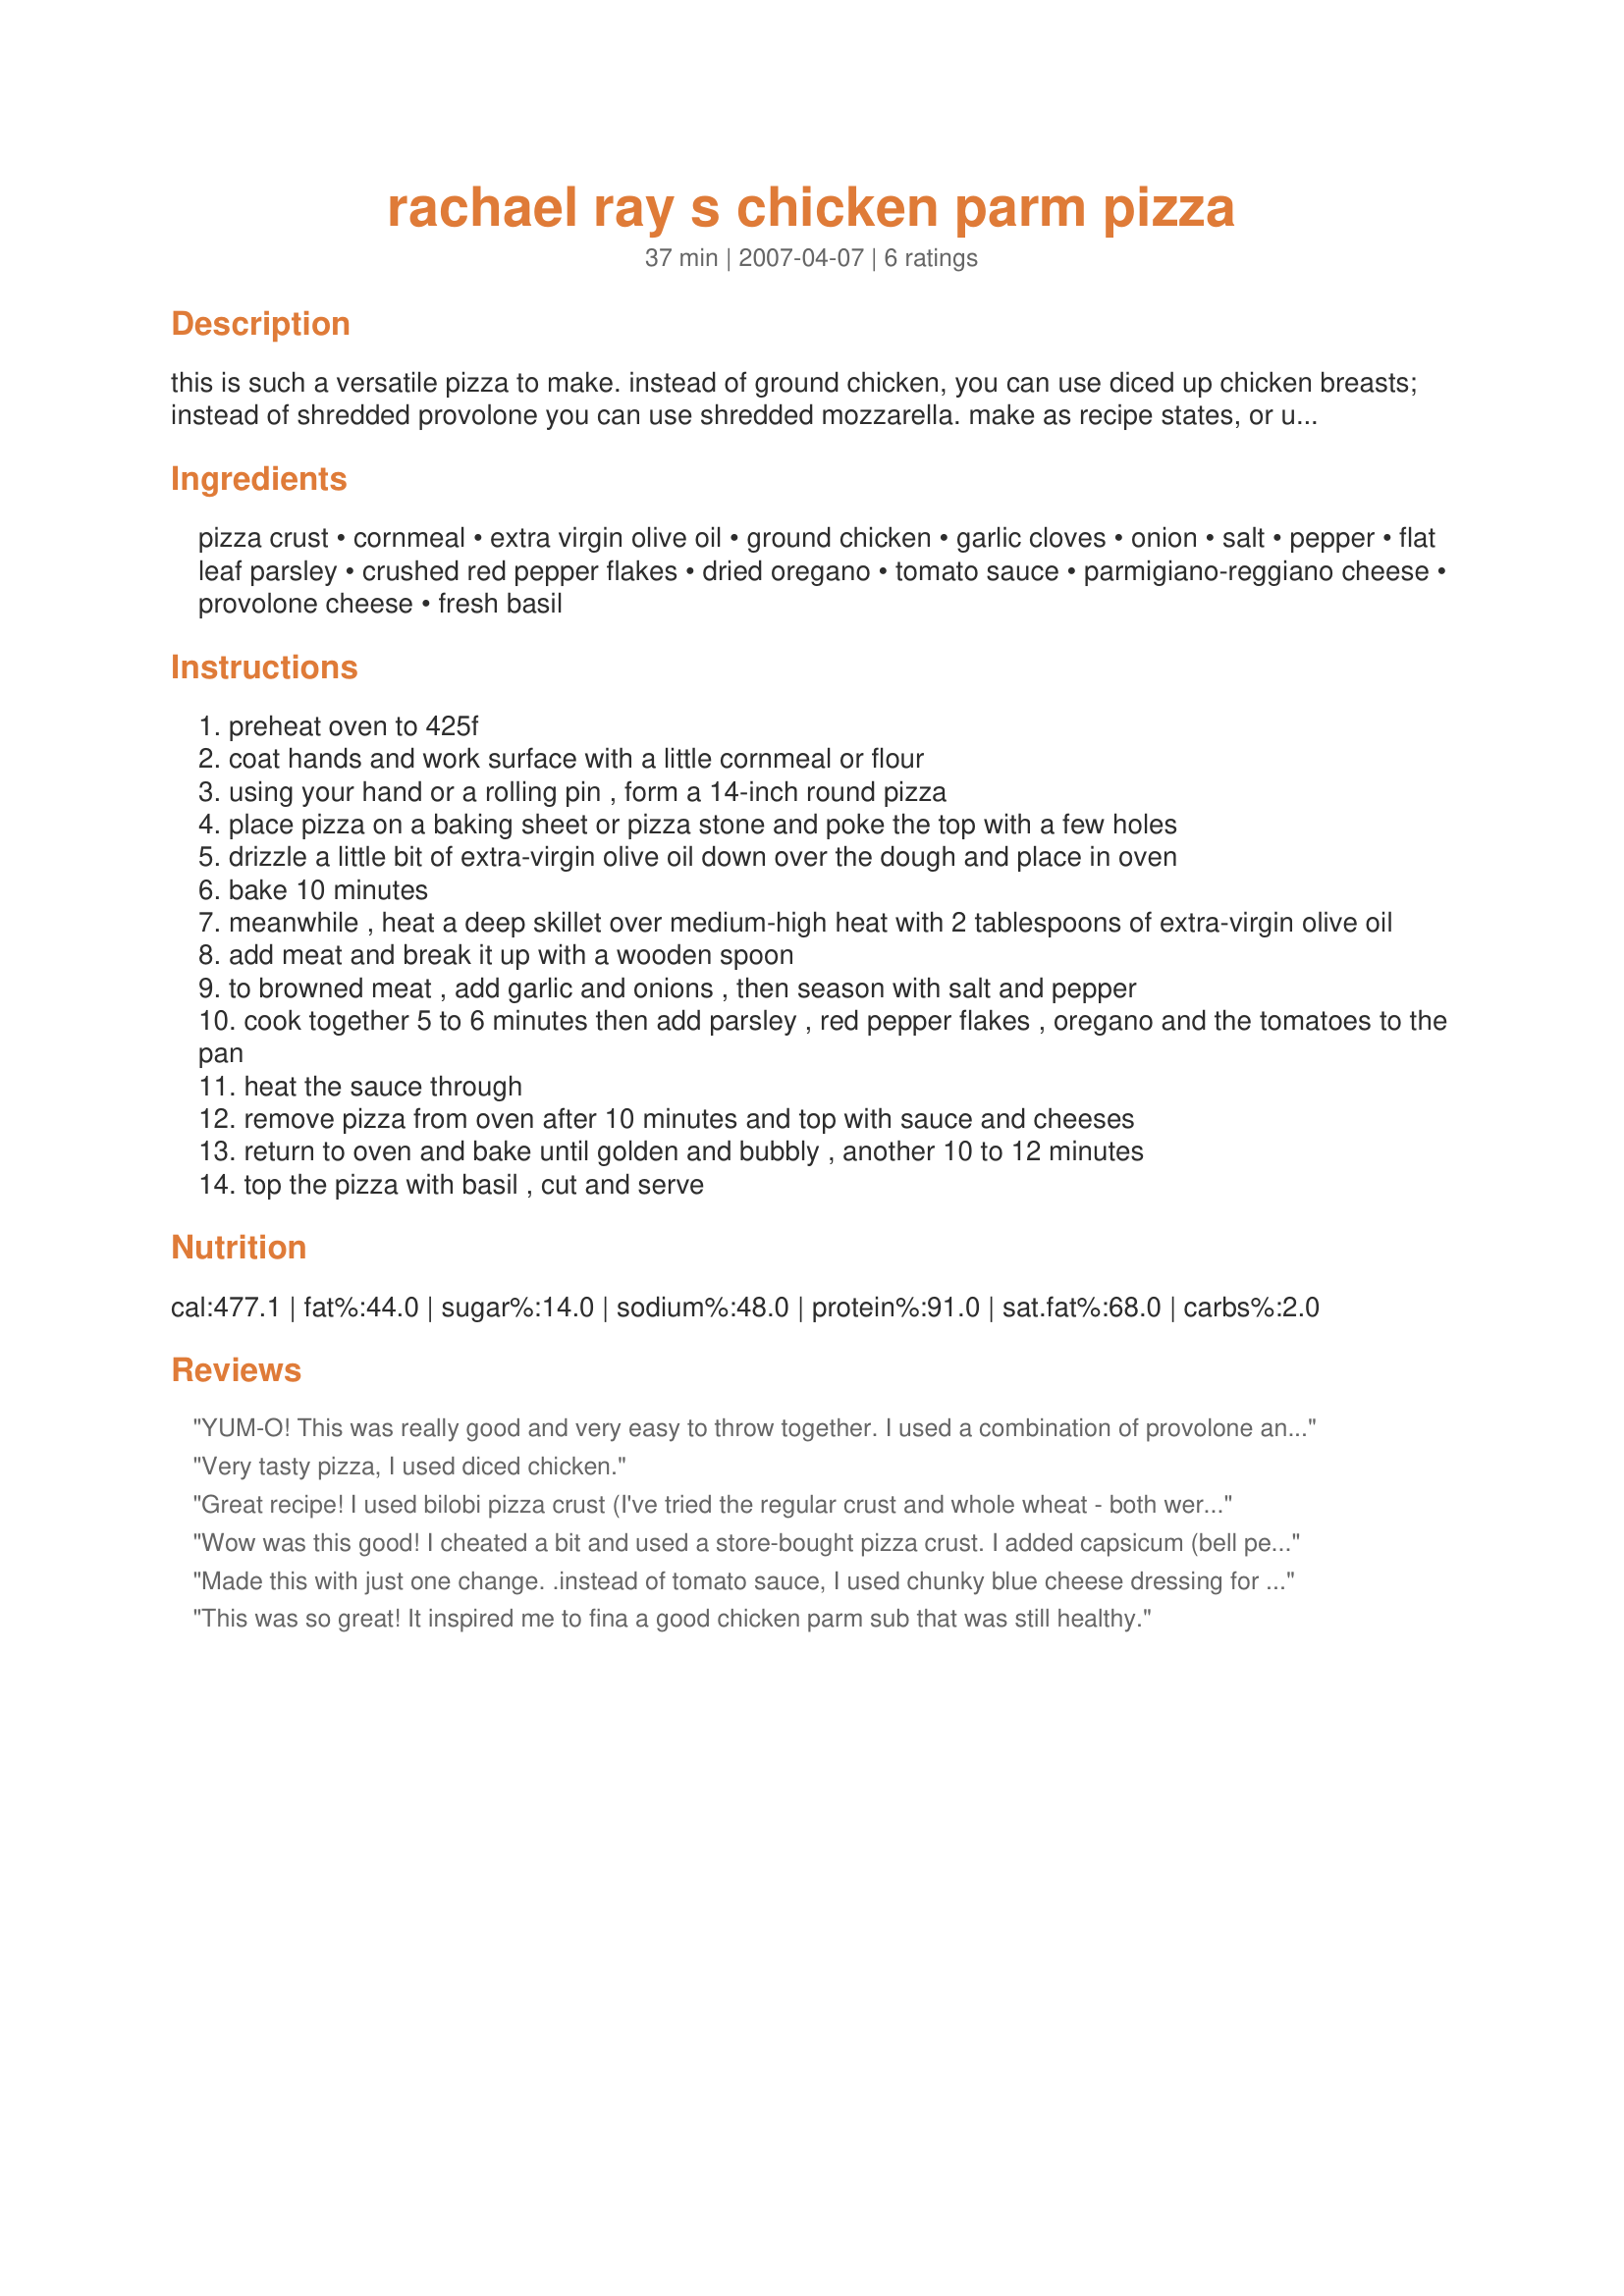
rachael ray s chicken parm pizza
Preparation time: 37 minutes

this is such a versatile pizza to make. instead of ground chicken, you can use diced up chicken breasts; instead of shredded provolone you can use shredded mozzarella. make as recipe states, or use what you have in the frig--it's a great weeknight meal that can be made in a jiffy.

Ingredients:
pizza crust, cornmeal, extra virgin olive oil, ground chicken, garlic cloves, onion, salt, pepper, flat leaf parsley, crushed red pepper flakes, dried oregano, tomato sauce, parmigiano-reggiano cheese, provolone cheese, fresh basil

Steps:
preheat oven to 425f
coat hands and work surface with a little cornmeal or flour
using your hand or a rolling pin , form a 14-inch round pizza
place pizza on a baking sheet or pizza stone and poke the top with a few holes
drizzle a little bit of extra-virgin olive oil down over the dough and place in oven
bake 10 minutes
meanwhile , heat a deep skillet over medium-high heat with 2 tablespoons of extra-virgin olive oil
add meat and break it up with a wooden spoon
to browned meat , add garlic and onions , then season with salt and pepper
cook together 5 to 6 minutes then add parsley , red pepper flakes , oregano and the tomatoes to the pan
heat the sauce through
remove pizza from oven after 10 minutes and top with sauce and cheeses
return to oven and bake until golden and bubbly , another 10 to 12 minutes
top the pizza with basil , cut and serve

Reviews:
YUM-O! This was really good and very easy to throw together. I used a combination of provolone and mozarrella and used half the amount of parm. I loved the fresh basil on top. This pizza will please the whole family!
Very tasty pizza, I used diced chicken.
Great recipe! I used bilobi pizza crust (I've tried the regular crust and whole wheat - both were great). I didn't have fresh herbs on hand, so I used dried parsley and basil. I used already minced garlic. I couldn't find shredded provolone by itself so I used provolone and mozzarella one time and another time I used a mixture of cheese which was just called pizza cheese. This was very easy to make and very good!
Wow was this good! I cheated a bit and used a store-bought pizza crust. I added capsicum (bell peppers) & mushrooms to the mix and used some leftover tomato & basil pasta sauce in it. I used a mixture of parmesan & tasty cheese & all combined to make a delicious & easy Friday night meal. A definite keeper for us. Thanks Rachel Ray & Juenessa for posting!!
Made this with just one change. .instead of tomato sauce, I used chunky blue cheese dressing for the sauce and chopped rotisserie chicken..very good..
This was so great! It inspired me to fina a good chicken parm sub that was still healthy.
